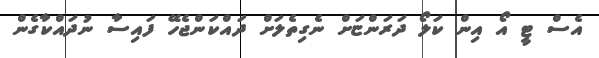
އެސް ޓީ އޯ އިން ކަލޯ ދަރަންޏަށް ނެގިތެލަށް ދައްކަންޖެހޭ ފައިސާ ނުދައްކާގެން